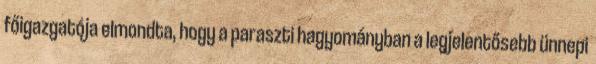
főigazgatója elmondta, hogy a paraszti hagyományban a legjelentősebb ünnepi